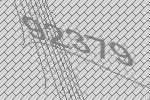
92379